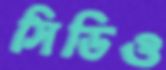
সিডিও